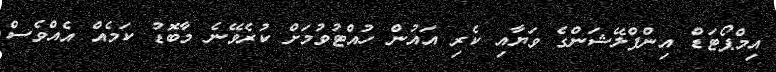
އިމްޕޯޓަޑް އިންފްލޭޝަންގެ ވަޔާއި ކެރި އައުން ހުއްޓުވުމަށް ކުރެވޭނެ މާބޮޑު ކަމެއް އެއްވެސް